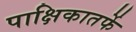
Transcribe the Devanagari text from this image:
पाक्षिकातर्फे